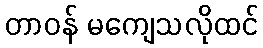
တာဝန် မကျေသလိုထင်